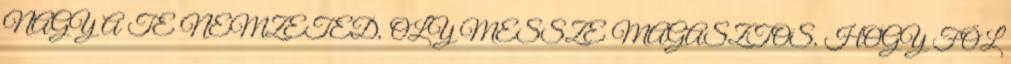
NAGY A TE NEMZETED, OLY MESSZE MAGASZTOS, HOGY FÖL